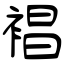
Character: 裮